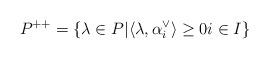
LaTeX: \begin{align*} P^{++} = \{ \lambda \in P | \langle \lambda, \alpha^\vee_i \rangle \geq 0 i \in I \}\end{align*}